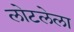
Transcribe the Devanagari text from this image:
लोटलेला